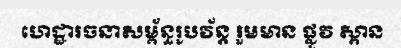
ហេដ្ឋារចនាសម្ព័ន្ធរូបវ័ន្ត រួមមាន ផ្លូវ ស្ពាន